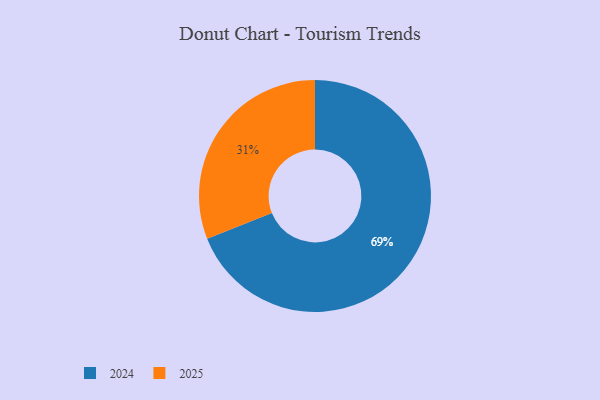
{"axis": {"x": "Category", "y": "Percentage"}, "legend": ["2024", "2025"], "data": [{"x": "2024", "y": 69, "type": "2024"}, {"x": "2025", "y": 31, "type": "2025"}]}